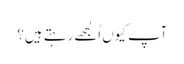
آپ کیوں اُلجھے رہتے ہیں؟